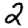
Digit: 2